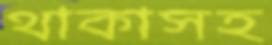
থাকাসহ